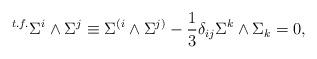
LaTeX: \begin{align*}{}^{t.f.} \Sigma^i \wedge \Sigma^j \equiv \Sigma^{(i} \wedge \Sigma^{j)} - {1 \over 3} \delta_{ij} \Sigma^k \wedge \Sigma_k = 0,\end{align*}